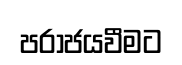
පරාජයවීමට